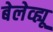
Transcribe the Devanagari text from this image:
बेलेव्ह्यू